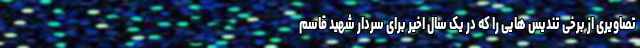
تصاویری از برخی تندیس هایی را که در یک سال اخیر برای سردار شهید قاسم